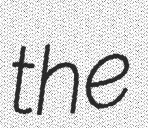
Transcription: the